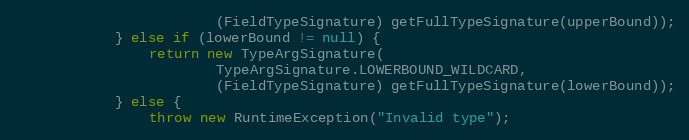
Language: Java
						(FieldTypeSignature) getFullTypeSignature(upperBound));
			} else if (lowerBound != null) {
				return new TypeArgSignature(
						TypeArgSignature.LOWERBOUND_WILDCARD,
						(FieldTypeSignature) getFullTypeSignature(lowerBound));
			} else {
				throw new RuntimeException("Invalid type");